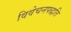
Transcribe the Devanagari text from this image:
विवेचनपद्धति